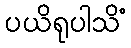
ပယိရုပါသိံ